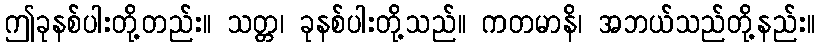
ဤခုနစ်ပါးတို့တည်း။ သတ္တ၊ ခုနစ်ပါးတို့သည်။ ကတမာနိ၊ အဘယ်သည်တို့နည်း။